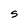
Character: S